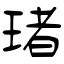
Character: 琽